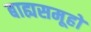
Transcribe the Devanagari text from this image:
बाह्यसमूहों